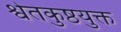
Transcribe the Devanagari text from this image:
श्वेतकुष्ठयुक्त